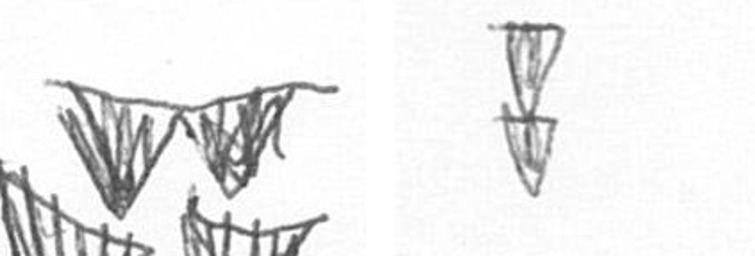
B Z